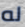
له